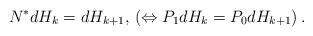
LaTeX: \begin{align*}N^* dH_k=dH_{k+1},\,(\Leftrightarrow P_1 dH_k=P_0 dH_{k+1})\, .\end{align*}